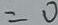
= 0